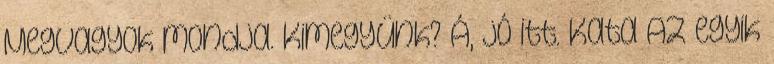
Megvagyok mondja. Kimegyünk? Á, jó itt. Kata Az egyik